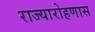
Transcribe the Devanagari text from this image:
राज्यारोहणास